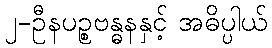
၂-ဦနပဉ္စဗန္ဓနနှင့် အဓိပ္ပါယ်